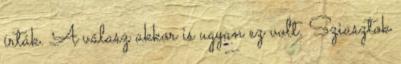
írták. A válasz akkor is ugyan ez volt. Sziasztok